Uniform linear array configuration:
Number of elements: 12
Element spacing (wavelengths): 0.75
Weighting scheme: binomial
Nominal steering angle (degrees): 60
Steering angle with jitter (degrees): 59.267
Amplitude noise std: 0.05
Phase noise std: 0.05

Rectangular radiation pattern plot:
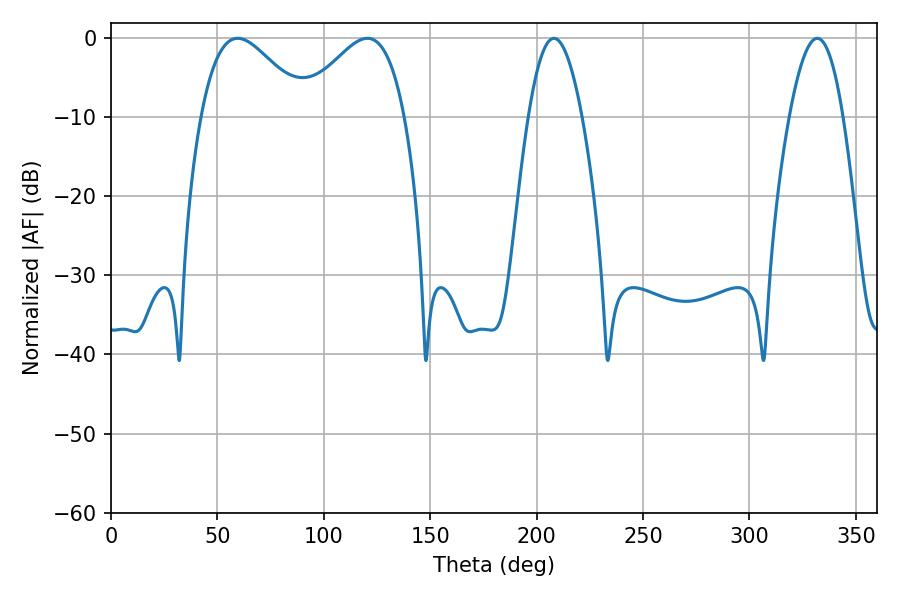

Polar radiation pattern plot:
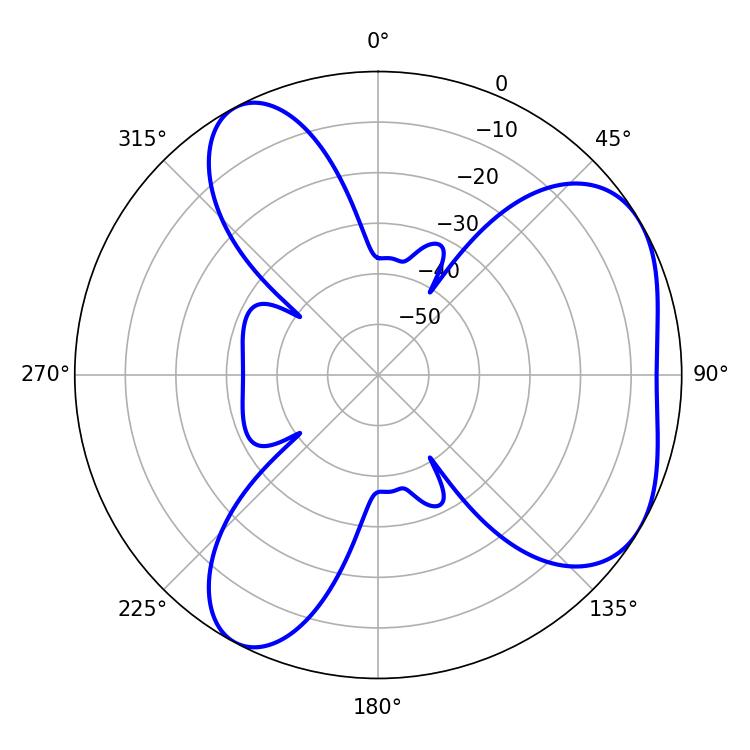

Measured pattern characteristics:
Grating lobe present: TRUE
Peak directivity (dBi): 4.944
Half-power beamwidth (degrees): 26.64
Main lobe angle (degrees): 120.42